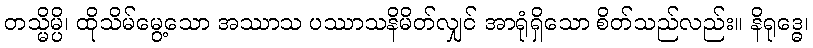
တသ္မိမ္ပိ၊ ထိုသိမ်မွေ့သော အဿာသ ပဿာသနိမိတ်လျှင် အာရုံရှိသော စိတ်သည်လည်း။ နိရုဒ္ဓေ၊